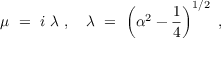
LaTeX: \mu \ = \ i \ \lambda \ , \ \ \ \lambda \ = \ \left( { \alpha } ^ { 2 } - { \frac { 1 } { 4 } } \right) ^ { 1 / 2 } \ ,